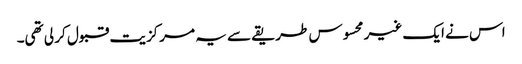
اس نے ایک غیر محسوس طریقے سے یہ مرکزیت قبول کر لی تھی۔